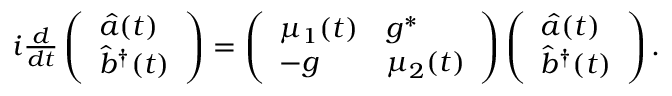
\begin{array} { r } { i \frac { d } { d t } \left( \begin{array} { l } { { \hat { a } } ( t ) } \\ { { \hat { b } } ^ { \dagger } ( t ) } \end{array} \right) = \left( \begin{array} { l l } { \mu _ { 1 } ( t ) } & { g ^ { * } } \\ { - g } & { \mu _ { 2 } ( t ) } \end{array} \right) \left( \begin{array} { l } { { \hat { a } } ( t ) } \\ { { \hat { b } } ^ { \dagger } ( t ) } \end{array} \right) . } \end{array}